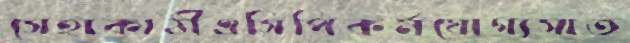
সেহাকাঠীএসিপিকর্মযোগ্যসাত